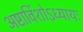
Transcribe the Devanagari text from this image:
अष्टाविंशोऽध्यायः